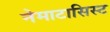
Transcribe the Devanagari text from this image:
नेमाटासिस्ट